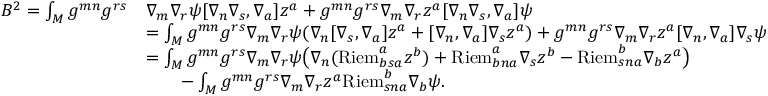
\begin{array} { r l } { B ^ { 2 } = \int _ { M } g ^ { m n } g ^ { r s } } & { \nabla _ { m } \nabla _ { r } \psi [ \nabla _ { n } \nabla _ { s } , \nabla _ { a } ] z ^ { a } + g ^ { m n } g ^ { r s } \nabla _ { m } \nabla _ { r } z ^ { a } [ \nabla _ { n } \nabla _ { s } , \nabla _ { a } ] \psi } \\ & { = \int _ { M } g ^ { m n } g ^ { r s } \nabla _ { m } \nabla _ { r } \psi ( \nabla _ { n } [ \nabla _ { s } , \nabla _ { a } ] z ^ { a } + [ \nabla _ { n } , \nabla _ { a } ] \nabla _ { s } z ^ { a } ) + g ^ { m n } g ^ { r s } \nabla _ { m } \nabla _ { r } z ^ { a } [ \nabla _ { n } , \nabla _ { a } ] \nabla _ { s } \psi } \\ & { = \int _ { M } g ^ { m n } g ^ { r s } \nabla _ { m } \nabla _ { r } \psi \big ( \nabla _ { n } ( \mathrm { R i e m } ^ { a } _ { b s a } z ^ { b } ) + \mathrm { R i e m } ^ { a } _ { b n a } \nabla _ { s } z ^ { b } - \mathrm { R i e m } ^ { b } _ { s n a } \nabla _ { b } z ^ { a } \big ) } \\ & { \qquad - \int _ { M } g ^ { m n } g ^ { r s } \nabla _ { m } \nabla _ { r } z ^ { a } \mathrm { R i e m } ^ { b } _ { s n a } \nabla _ { b } \psi . } \end{array}